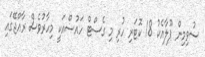
ސުވިމިން ޕޫލާއެކު 18 ކޮޓަރި ހުރި މި ގެސްޓް ހައުސްއަކީ މިހާރުވެސް ރާއްޖޭގައި